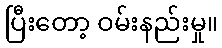
ပြီးတော့ ဝမ်းနည်းမှု။